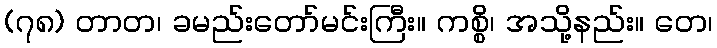
(၇၈) တာတ၊ ခမည်းတော်မင်းကြီး။ ကစ္စိ၊ အသို့နည်း။ တေ၊